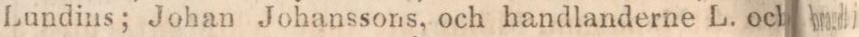
Lundins; Johan Johanssons, och handlanderne L. och